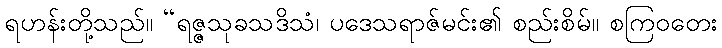
ရဟန်းတို့သည်။ “ရဇ္ဇသုခသဒိသံ၊ ပဒေသရာဇ်မင်း၏ စည်းစိမ်။ စကြဝတေး